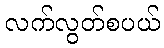
လက်လွတ်စပယ်